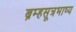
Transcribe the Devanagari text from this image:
ब्रम्हसूत्रभाष्य